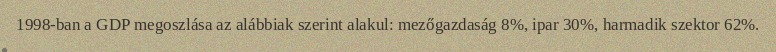
1998-ban a GDP megoszlása az alábbiak szerint alakul: mezőgazdaság 8%, ipar 30%, harmadik szektor 62%.